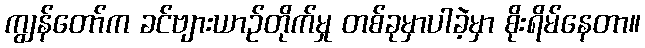
ကျွန်တော်က ခင်ဗျားယာဉ်တိုက်မှု တစ်ခုမှာပါခဲ့မှာ စိုးရိမ်နေတာ။